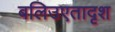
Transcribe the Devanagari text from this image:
बलिउएतादृश